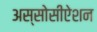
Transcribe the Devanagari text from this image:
अस्सोसीऐशन